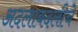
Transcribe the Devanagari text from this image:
अदलाबदलीचे